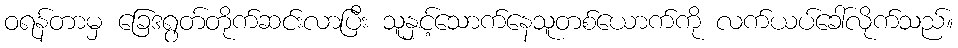
ဝရန်တာမှ ခြေဒရွတ်တိုက်ဆင်းလာပြီး သူနှင့်သောက်နေသူတစ်ယောက်ကို လက်ယပ်ခေါ်လိုက်သည်။